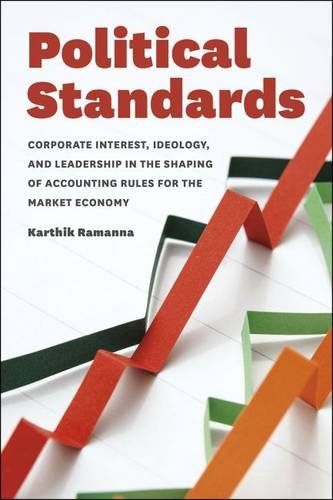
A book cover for Political Standards: Corporate Interest, Ideology, and Leadership in the Shaping of Accounting Rules for the Market Economy; Karthik Ramanna; Business & Money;